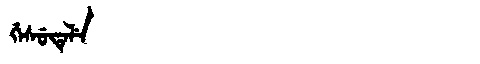
Manchu: ᡤᡝᠰᡠᡨᡝᠯᡝ
Romanization: GESUTELE